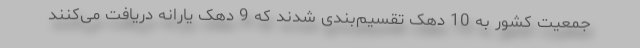
جمعیت کشور به 10 دهک تقسیم‌بندی شدند که 9 دهک یارانه دریافت می‌کنند